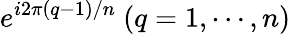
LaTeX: e^{i2\pi(q-1)/n}~(q=1,\cdots,n)